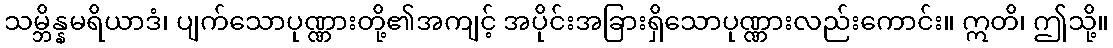
သမ္ဘိန္နမရိယာဒံ၊ ပျက်သောပုဏ္ဏားတို့၏အကျင့် အပိုင်းအခြားရှိသောပုဏ္ဏားလည်းကောင်း။ ဣတိ၊ ဤသို့။